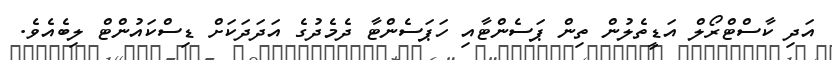
އަދި ކާސްޓްރޯލް އަޑީތެލުން ތިން ޕަސެންޓާއި ހަޕަސެންޓާ ދެމެދުގެ އަދަދަކަށް ޑިސްކައުންޓް ލިބެއެވެ.